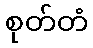
စုတ်တံ